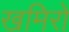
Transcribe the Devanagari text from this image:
खमिरों